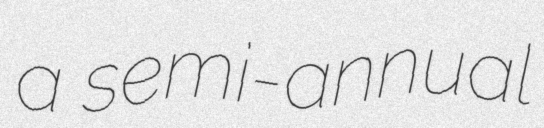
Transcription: a semi-annual